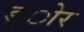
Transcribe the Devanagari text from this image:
ङ्ोर